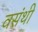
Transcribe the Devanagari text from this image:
वसंथी